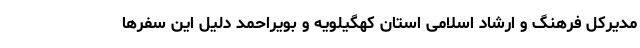
مدیرکل فرهنگ و ارشاد اسلامی استان کهگیلویه و بویراحمد دلیل این سفرها